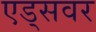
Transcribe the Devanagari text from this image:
एड्‌सवर